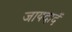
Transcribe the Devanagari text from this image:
जायदादें